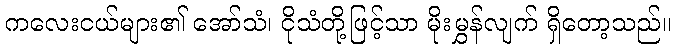
ကလေးငယ်များ၏ အော်သံ၊ ငိုသံတို့ဖြင့်သာ မိုးမွှန်လျက် ရှိတော့သည်။